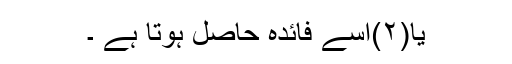
یا(۲)اُسے فائِدہ حاصِل ہوتا ہے ۔